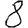
Digit: 8